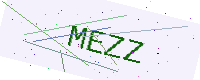
Text: MEZZ